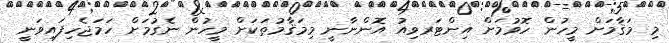
މި މަޤާމަށް މީހުން ހޮވުމަށް އިންޓަރވިއު އޮންނާނީ މިމަޤާމުތަކަށް މީހުން ނެގުމަށް ހަމަޖެހިފައިވަނީ